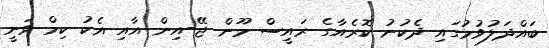
ބައްދަލުވުމުގައި ދެކުނު ކޮރެއާގެ ރައީސް މޫން ޖޭ-އިން އާއި އެކު ކިމް ވަނީ